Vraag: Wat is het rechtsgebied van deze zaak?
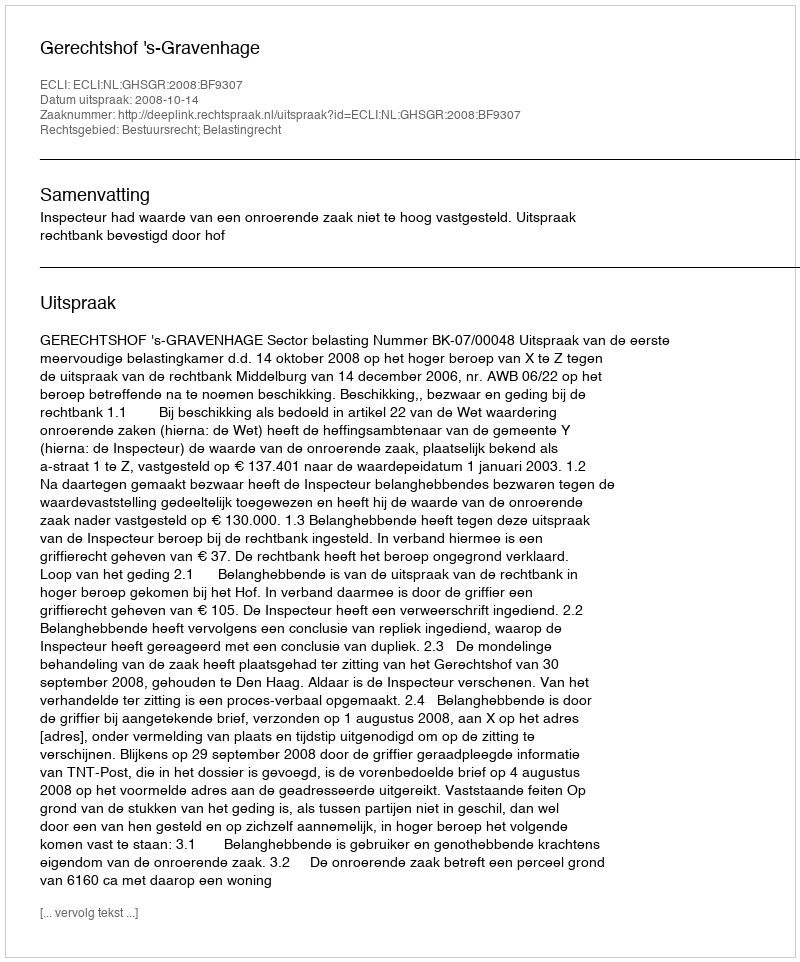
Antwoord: Bestuursrecht; Belastingrecht